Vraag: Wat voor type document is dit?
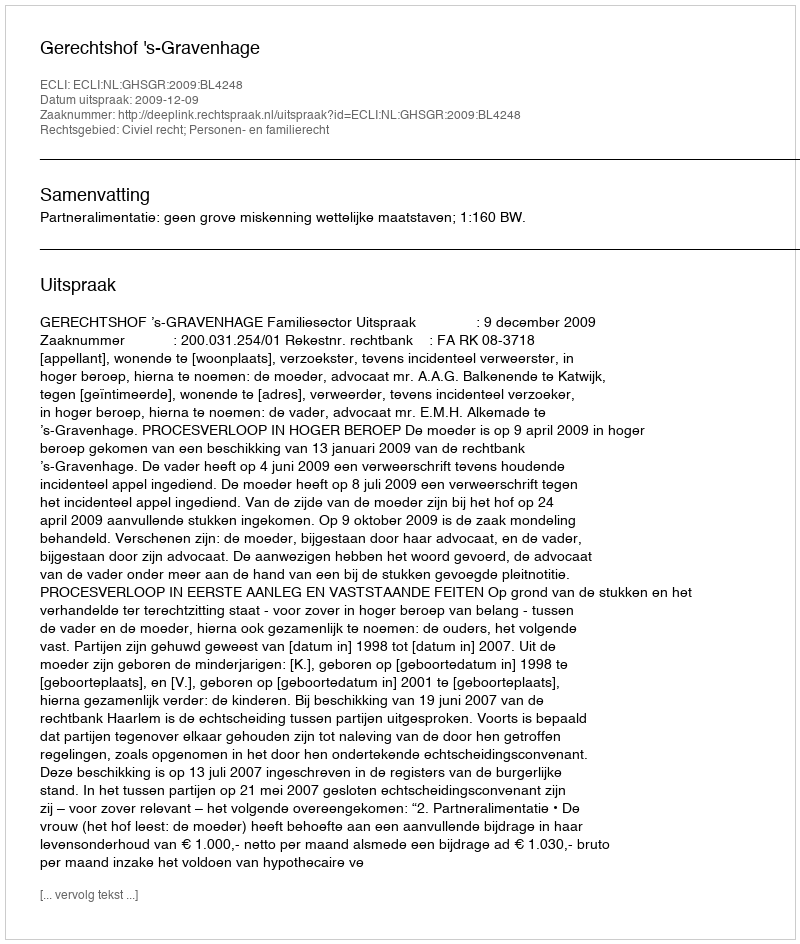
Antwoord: Uitspraak